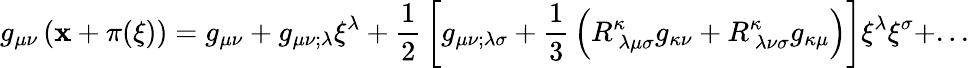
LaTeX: g_{\mu\nu}\left(\mathbf{x}+\pi(\xi)\right)=g_{\mu\nu}+g_{\mu\nu;\lambda}\xi^{\lambda}+{\frac{{1}}{{2}}}\left[g_{\mu\nu;\lambda\sigma}+{\frac{{1}}{{3}}}\left(R_{~\lambda\mu\sigma}^{\kappa}g_{\kappa\nu}+R_{~\lambda\nu\sigma}^{\kappa}g_{\kappa\mu}\right)\right]\xi^{\lambda}\xi^{\sigma}+...